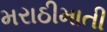
મરાઠીમાતી